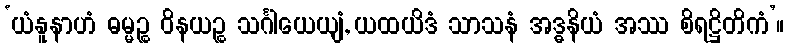
‘ယံနူနာဟံ ဓမ္မဉ္စ ဝိနယဉ္စ သင်္ဂါယေယျံ, ယထယိဒံ သာသနံ အဒ္ဓနိယံ အဿ စိရဋ္ဌိတိကံ’။